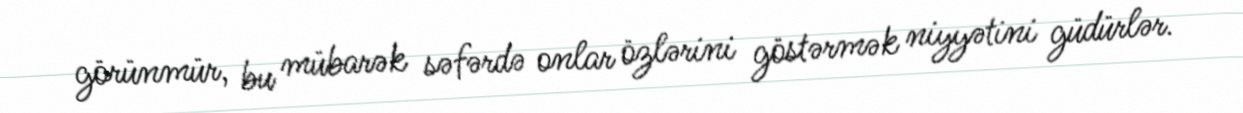
görünmür, bu mübarək səfərdə onlar özlərini göstərmək niyyətini güdürlər.